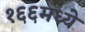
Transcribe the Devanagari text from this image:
१६६मध्ये